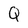
Character: Q